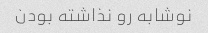
نوشابه رو‌ نذاشته بودن